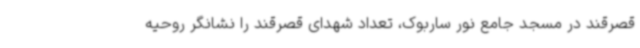
قصرقند در مسجد جامع نور ساربوک، تعداد شهدای قصرقند را نشانگر روحیه